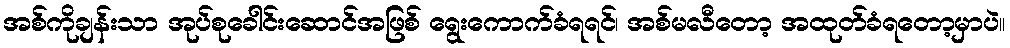
အစ်ကိုချန်းသာ အုပ်စုခေါင်းဆောင်အဖြစ် ရွေးကောက်ခံရရင်၊ အစ်မလီတော့ အထုတ်ခံရတော့မှာပဲ။